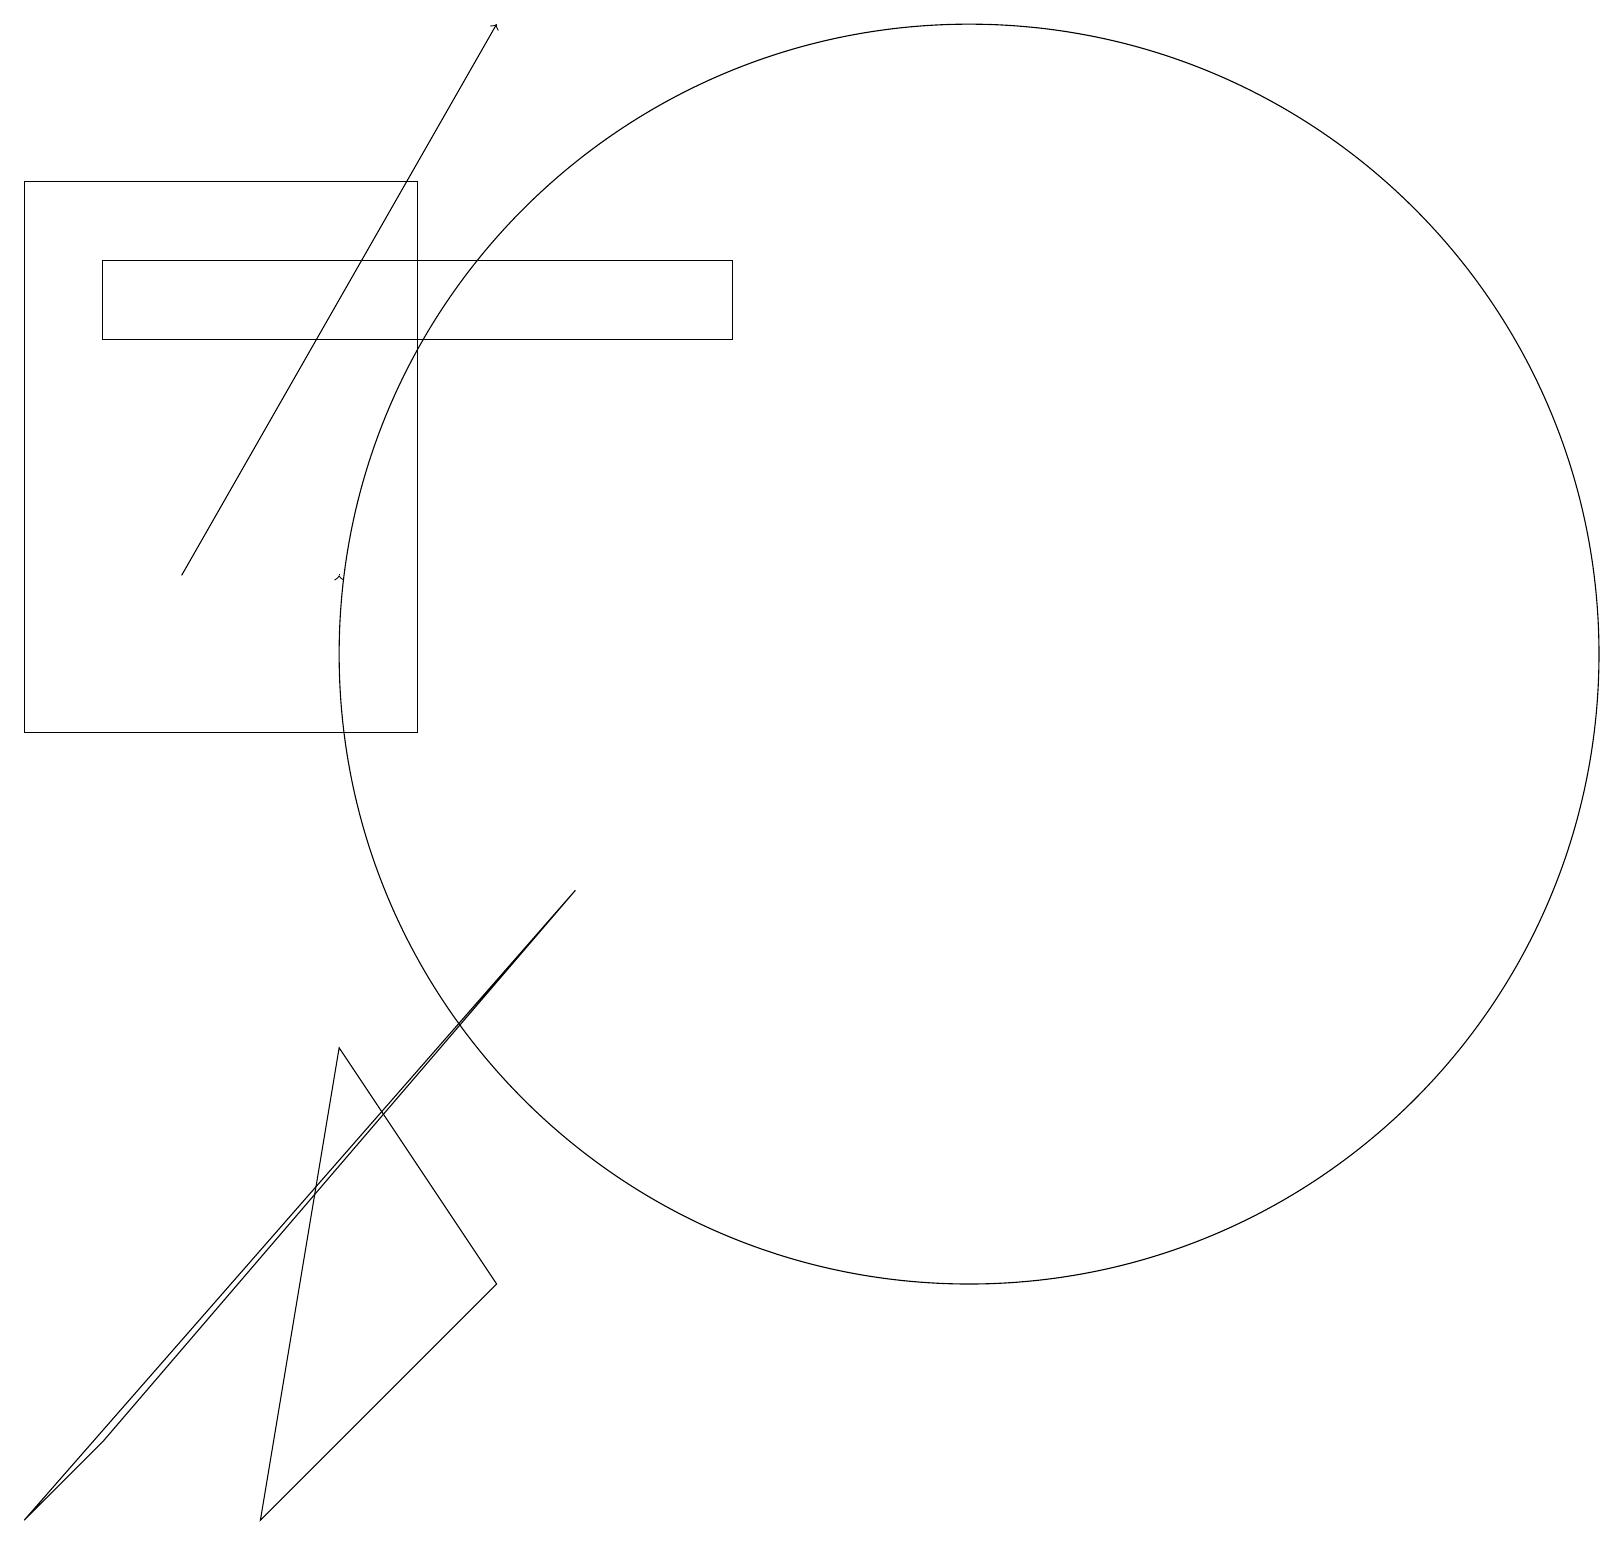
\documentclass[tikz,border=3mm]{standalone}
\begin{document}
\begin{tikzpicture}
\draw (11,10) circle (0);
\draw (3,0) -- (4,6) -- (6,3) -- cycle;
\draw (1,16) rectangle (9,15);
\draw (0,17) rectangle (5,10);
\draw (12,11) circle (8);
\draw (1,1) -- (0,0) -- (7,8) -- cycle;
\draw[->] (2,12) -- (6,19);
\draw[->] (4,12) -- (4,12);
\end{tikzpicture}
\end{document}